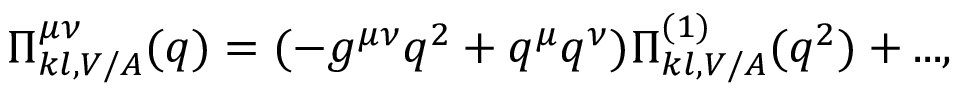
\Pi _ { k l , V / A } ^ { \mu \nu } ( q ) = ( - g ^ { \mu \nu } q ^ { 2 } + q ^ { \mu } q ^ { \nu } ) \Pi _ { k l , V / A } ^ { ( 1 ) } ( q ^ { 2 } ) + . . . ,